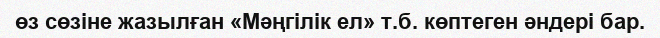
өз сөзіне жазылған «Мəңгілік ел» т.б. көптеген əндері бар.